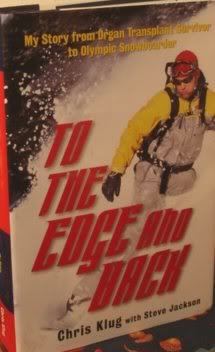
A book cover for To The Edge And Back My Story From Organ Transplant Survivor To Olympic Snowboarder; Chris Klug; Health, Fitness & Dieting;